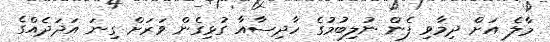
މާލެ އަށް ދިމާވި ފެން ނުލިބުމުގެ ހާދިސާއާ ގުޅިގެން ވަރަށް ގިނަ އަދަދެއްގެ